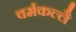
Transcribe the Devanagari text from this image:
वर्मकल्लै